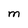
Character: m